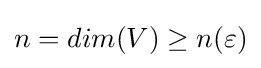
n=dim(V)\geq n(\varepsilon )